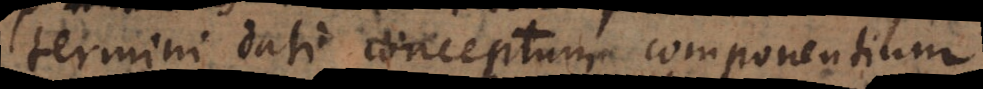
termini dati conceptum componentium